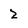
Character: 2